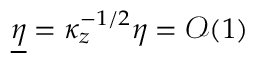
\underline { { \eta } } = \kappa _ { z } ^ { - 1 / 2 } \eta = \mathcal { O } ( 1 )